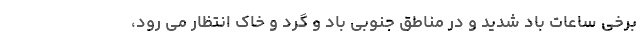
برخی ساعات باد شدید و در مناطق جنوبی باد و گرد و خاک انتظار می رود،